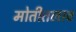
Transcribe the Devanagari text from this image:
मोतीतलाव